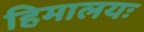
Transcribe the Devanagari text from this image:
हिमालयः